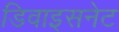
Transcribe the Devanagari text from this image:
डिवाइसनेट